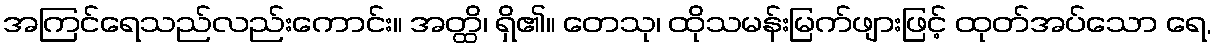
အကြင်ရေသည်လည်းကောင်း။ အတ္ထိ၊ ရှိ၏။ တေသု၊ ထိုသမန်းမြက်ဖျားဖြင့် ထုတ်အပ်သော ရေ,